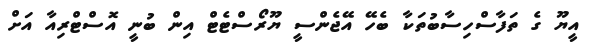
އީޔޫ ގެ ތަފާސްހިސާބުތަކާ ބެހޭ އޭޖެންސީ ޔޫރޯސްޓެޓް އިން ބުނީ އޮސްޓްރިއާ އަށް